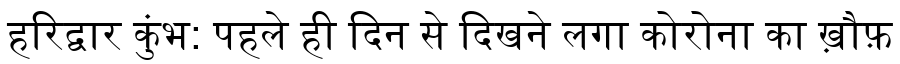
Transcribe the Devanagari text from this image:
हरिद्वार कुंभ: पहले ही दिन से दिखने लगा कोरोना का ख़ौफ़